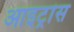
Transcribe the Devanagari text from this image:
आइट्रांस